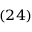
_ { ( 2 4 ) }